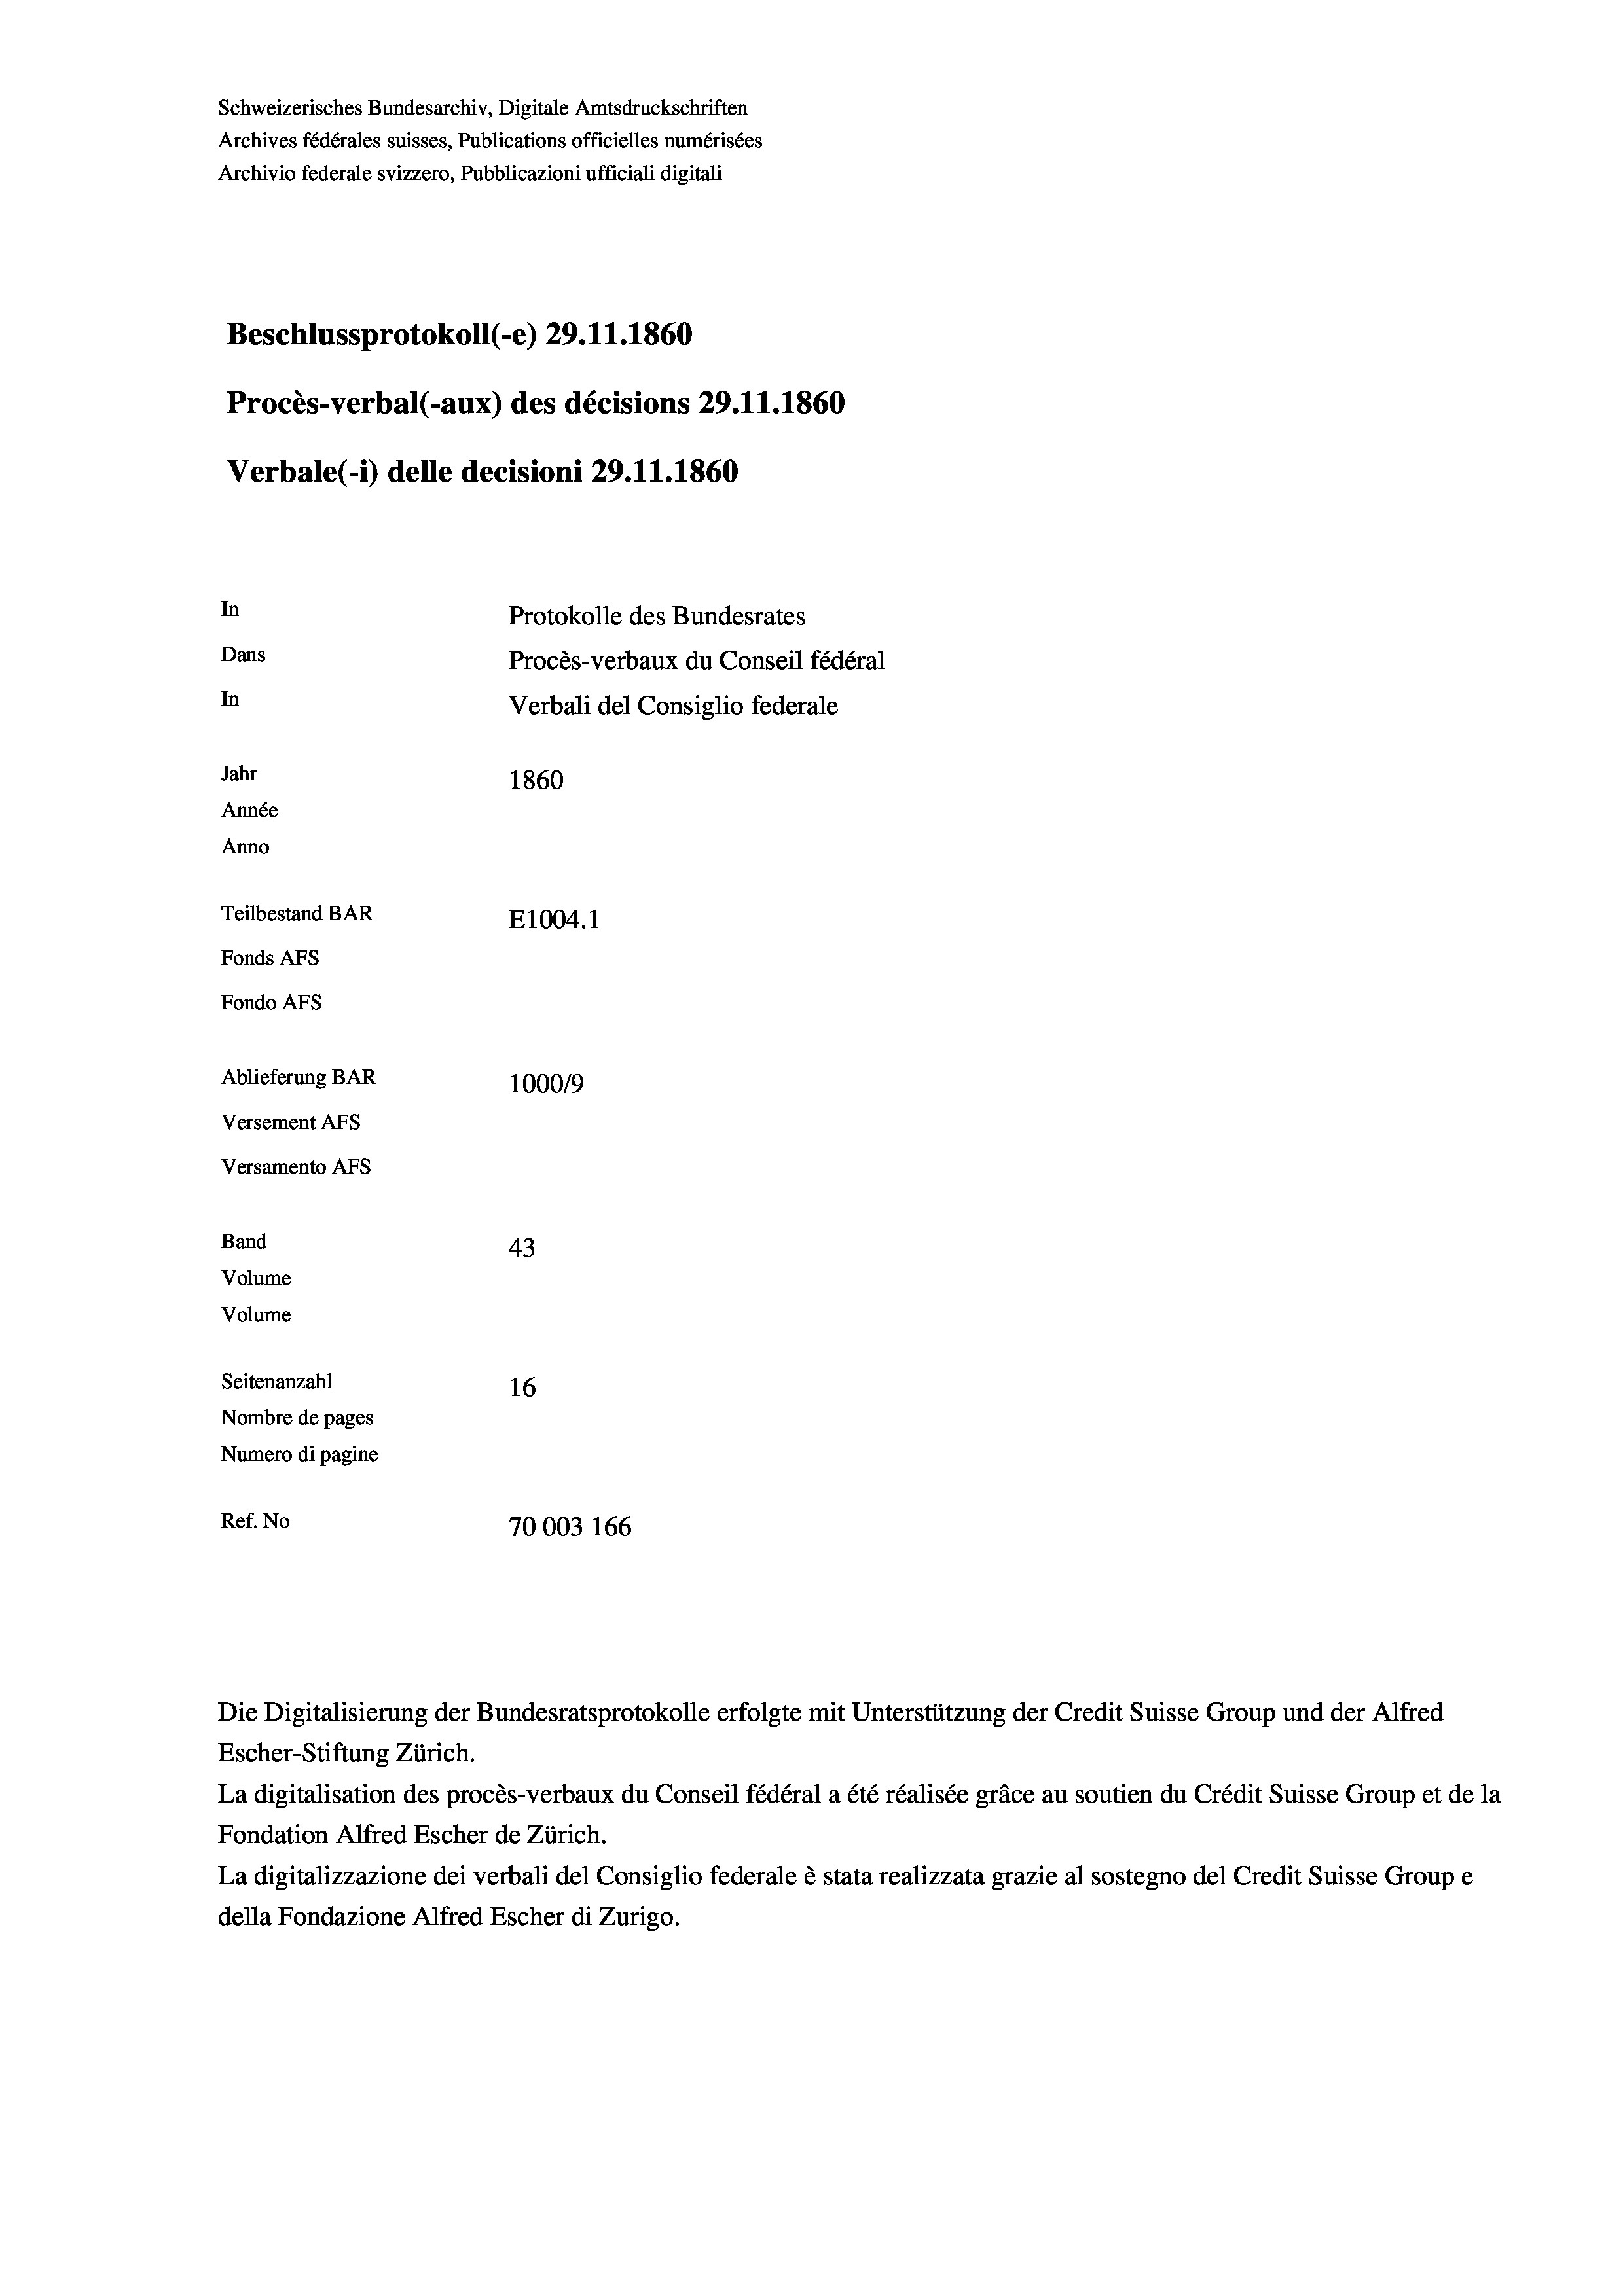
Schweizerisches Bundesarchiv, Digitale Amtsdruckschriften
Archives fédérales suisses, Publications officielles numérisées
Archivio federale svizzero, Pubblicazioni ufficiali digitali
Beschlussprotokoll (-e) 29.11.1860
Procès-verbal (-aux) des décisions 29.11.1860
Verbale (i) delle decisioni 29. 11. 1860
In
Protokolle des Bundesrates
Dans
Procès-verbaux du Conseil fédéral
In
Verbali del Consiglio federale
Jahr
1860
Année
Anno
Teilbestand BAR
E1004. 1
Fonds Afs
Fondo AFs
Ablieferung BAR
100019
Versement Abs
Versamento Afs

43
Seitenanzahl
16
Nombre de pages
Numero di pagine
Ref. No
70003 166

Band
Volume
Volume

Escher-Stiftung Zürich.
La digitalisation des procès-verbaux du Conseil fédéral a été réalisée gräce au soutien du Crédit Suisse Group et de la
Fondation Alfred Escher de Zürich.
La digitalizzazione dei verbali del Consiglio federale è stata realizzata grazie al sostegno del Credit Suisse Groupe
della Fondazione Alfred Escher di Zurigo.

Die Digitalisierung der Bundesratsprotokolle erfolgte mit Unterstützung der Credit Suisse Group und der Alfred